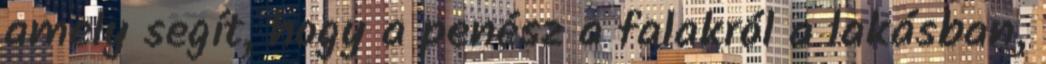
amely segít, hogy a penész a falakról a lakásban,